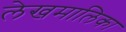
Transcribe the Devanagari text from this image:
लेखमालिका